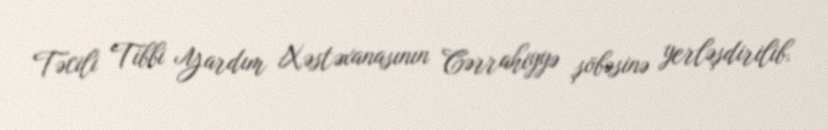
Təcili Tibbi Yardım Xəstəxanasının Cərrahiyyə şöbəsinə yerləşdirilib.